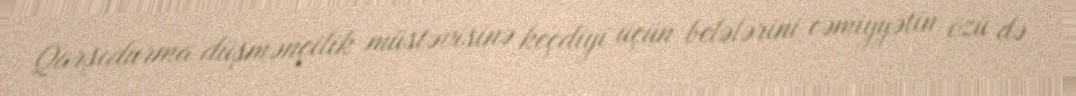
Qarşıdurma düşmənçilik müstəvisinə keçdiyi üçün belələrini cəmiyyətin özü də